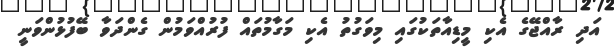
އަދި ރާއްޖޭގެ އެކި މީޑިއާތަކުގައި މިވަގުތު އެކި މަގާމުތައް ފުރުއްވަމުން ގެންދަވާ ބޭފުޅުންވަނީ